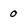
Character: o